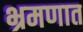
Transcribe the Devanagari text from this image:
भ्रमणात